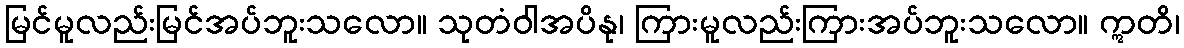
မြင်မူလည်းမြင်အပ်ဘူးသလော။ သုတံဝါအပိနု၊ ကြားမူလည်းကြားအပ်ဘူးသလော။ ဣတိ၊